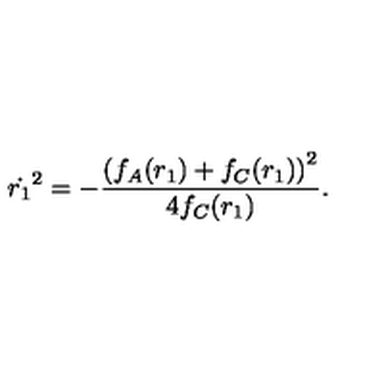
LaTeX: \dot { r _ { 1 } } ^ { 2 } = - \frac { \left( f _ { A } ( r _ { 1 } ) + f _ { C } ( r _ { 1 } ) \right) ^ { 2 } } { 4 f _ { C } ( r _ { 1 } ) } .